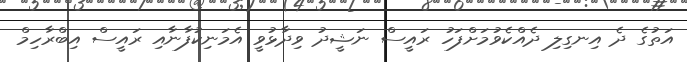
އަތުގެ ދެ އިނގިލި ދެއްކެވުމަށްފަހު ރައީސް ނަޝީދު ވިދާޅުވީ އެމަނިކުފާނާއި ރައީސް އިބްރާހިމް